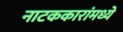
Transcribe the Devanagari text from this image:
नाटककारांमध्ये